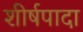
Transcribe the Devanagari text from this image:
शीर्षपादा